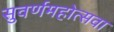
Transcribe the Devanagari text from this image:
सुवर्णमहोत्सवा